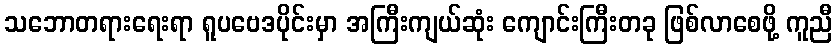
သဘောတရားရေးရာ ရူပဗေဒပိုင်းမှာ အကြီးကျယ်ဆုံး ကျောင်းကြီးတခု ဖြစ်လာစေဖို့ ကူညီ